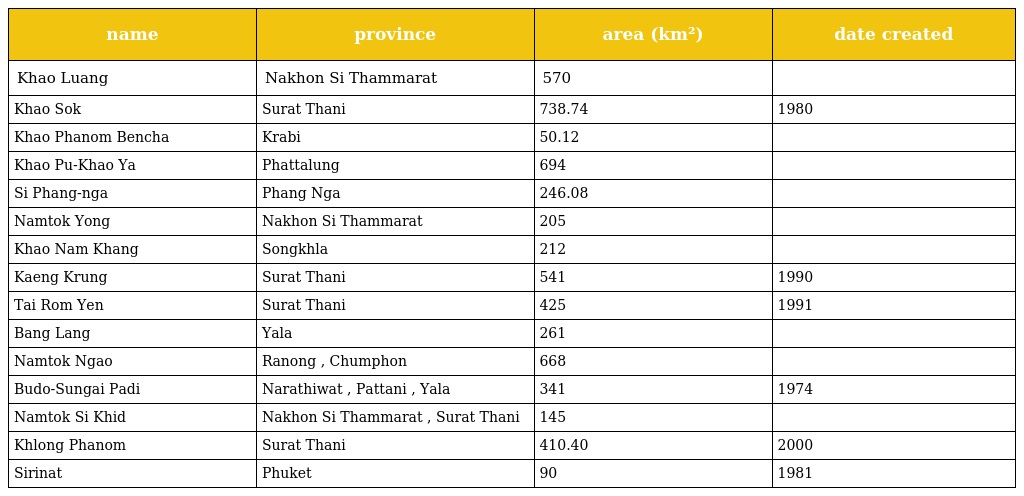
| name | province | area (km²) | date created |
 | --- | --- | --- | --- |
 | Khao Luang | Nakhon Si Thammarat | 570 |  |
 | Khao Sok | Surat Thani | 738.74 | 1980 |
 | Khao Phanom Bencha | Krabi | 50.12 |  |
 | Khao Pu-Khao Ya | Phattalung | 694 |  |
 | Si Phang-nga | Phang Nga | 246.08 |  |
 | Namtok Yong | Nakhon Si Thammarat | 205 |  |
 | Khao Nam Khang | Songkhla | 212 |  |
 | Kaeng Krung | Surat Thani | 541 | 1990 |
 | Tai Rom Yen | Surat Thani | 425 | 1991 |
 | Bang Lang | Yala | 261 |  |
 | Namtok Ngao | Ranong , Chumphon | 668 |  |
 | Budo-Sungai Padi | Narathiwat , Pattani , Yala | 341 | 1974 |
 | Namtok Si Khid | Nakhon Si Thammarat , Surat Thani | 145 |  |
 | Khlong Phanom | Surat Thani | 410.40 | 2000 |
 | Sirinat | Phuket | 90 | 1981 |